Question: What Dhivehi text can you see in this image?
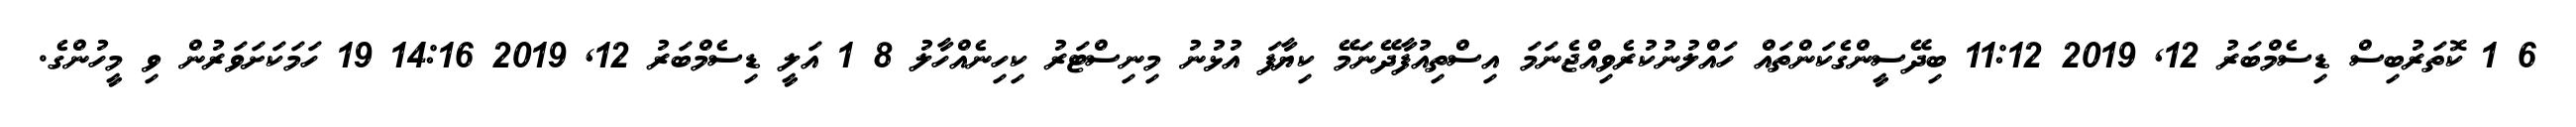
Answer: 6 1 ކޮތަރުބިސް ޑިސެމްބަރު 12, 2019 11:12 ބިދޭސީންގެކަންތައް ހައްލުނުކުރެވިއްޖެނަމަ އިސްތިއުފާދޭނަމޭ ކިޔާފަ އުޅުނު މިނިސްޓަރު ކިހިނެއްހާލު 8 1 އަލީ ޑިސެމްބަރު 12, 2019 14:16 19 ހަމަކަށަވަރުން ވި މީހުންގެ.